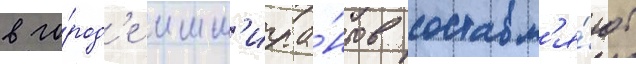
в го́род'е имм'игра́нтов составл'я́ют